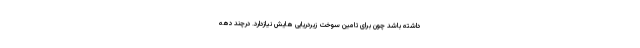
داشته باشد چون برای تامین سوخت زیردریایی هایش نیازدارد. درچند دهه